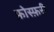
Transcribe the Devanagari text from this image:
फ़ोस्फ़री